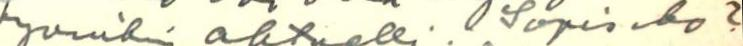
hyvinkin aktuelli. Sopisiko?